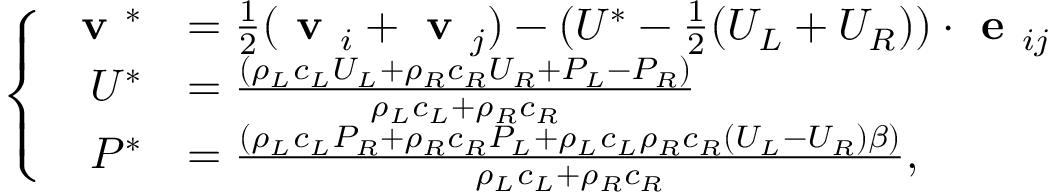
\left\{ \begin{array} { r l } { \textbf { v } ^ { * } } & { = \frac { 1 } { 2 } ( \textbf { v } _ { i } + \textbf { v } _ { j } ) - ( U ^ { * } - \frac { 1 } { 2 } ( U _ { L } + U _ { R } ) ) \cdot \textbf { e } _ { i j } } \\ { U ^ { * } } & { = \frac { ( \rho _ { L } c _ { L } U _ { L } + \rho _ { R } c _ { R } U _ { R } + P _ { L } - P _ { R } ) } { \rho _ { L } c _ { L } + \rho _ { R } c _ { R } } } \\ { P ^ { * } } & { = \frac { \left( \rho _ { L } c _ { L } P _ { R } + \rho _ { R } c _ { R } P _ { L } + \rho _ { L } c _ { L } \rho _ { R } c _ { R } \left( U _ { L } - U _ { R } \right) \beta \right) } { \rho _ { L } c _ { L } + \rho _ { R } c _ { R } } , } \end{array} \right.